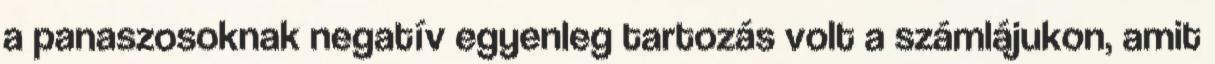
a panaszosoknak negatív egyenleg tartozás volt a számlájukon, amit